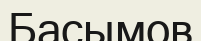
Басымов